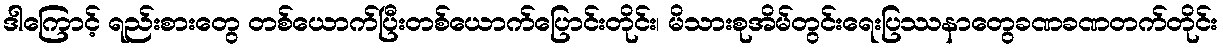
ဒါကြောင့် ရည်းစားတွေ တစ်ယောက်ပြီးတစ်ယောက်ပြောင်းတိုင်း၊ မိသားစုအိမ်တွင်းရေးပြဿနာတွေခဏခဏတက်တိုင်း